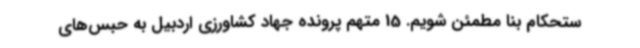
ستحکام بنا مطمئن شویم. 15 متهم پرونده جهاد کشاورزی اردبیل به حبس‌های